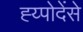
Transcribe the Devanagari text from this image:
ह्य्पोदेंसे